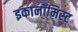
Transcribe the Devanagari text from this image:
इकानॉमिस्ट